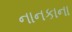
નાનકાના